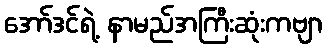
အော်ဒင်ရဲ့ နာမည်အကြီးဆုံးကဗျာ